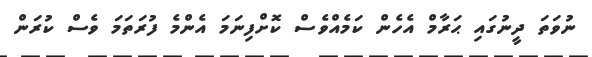
ނުވަތަ ދީނުގައި ޙަރާމް އެހެން ކަމެއްވެސް ކޮށްފިނަމަ އެންމެ ފުރަތަމަ ވެސް ކުރަން